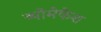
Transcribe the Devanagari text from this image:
व्योमेकेश